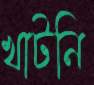
খাটনি